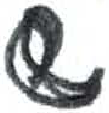
אות: ש